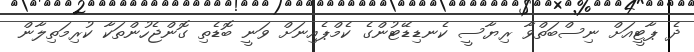
ދެ ޕާޓީއަށް ނިސްބަތްވާ ރިޔާސީ ކެނޑިޑޭޓުންގެ ކެމްޕެއިނަށް ވަނީ ބޮޑެތި ގޮންޖެހުންތަކާ ކުރިމަތިލާން